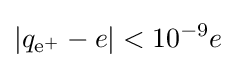
\left|{q_{{\text{e}}^{+}}-e}\right|<10^{-9}e